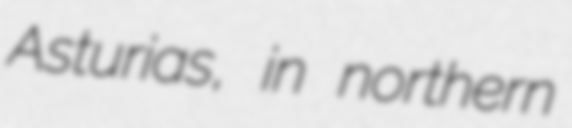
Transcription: Asturias, in northern